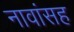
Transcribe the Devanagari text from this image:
नावांसह